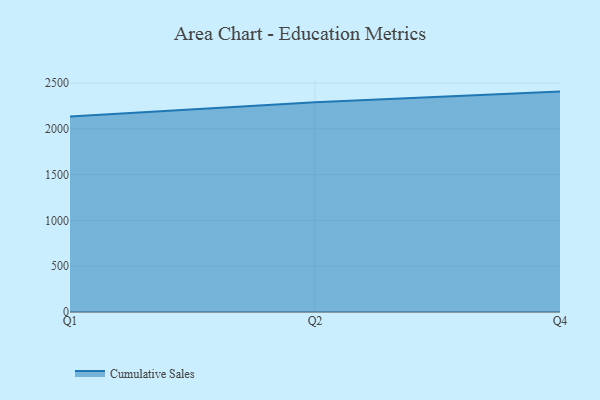
{"axis": {"x": "Quarter", "y": "Shipments"}, "legend": ["Cumulative Sales"], "data": [{"x": "Q1", "y": 2134.8, "type": "Cumulative Sales"}, {"x": "Q2", "y": 2290.1, "type": "Cumulative Sales"}, {"x": "Q4", "y": 2406.6, "type": "Cumulative Sales"}]}